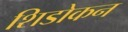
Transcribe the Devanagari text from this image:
शिडोकन